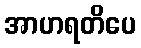
အာဟရတိပေ